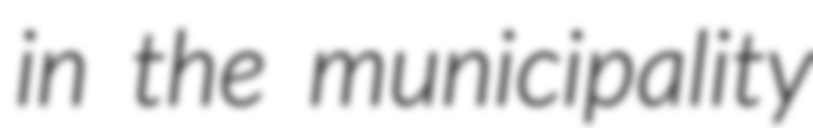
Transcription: in the municipality